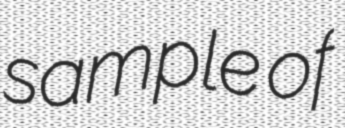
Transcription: sample of